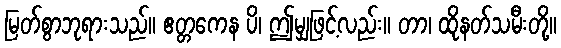
မြတ်စွာဘုရားသည်။ ဧတ္တကေန ပိ၊ ဤမျှဖြင့်လည်း။ တာ၊ ထိုနတ်သမီးတို့။